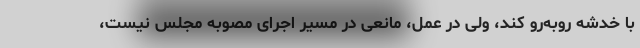
با خدشه روبه‌رو کند، ولی در عمل، مانعی در مسیر اجرای مصوبه مجلس نیست،